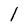
Character: 1